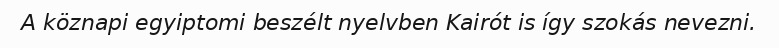
A köznapi egyiptomi beszélt nyelvben Kairót is így szokás nevezni.